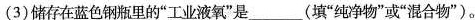
(3)储存在蓝色钢瓶里的”工业液氧”是_____(填”纯净物”或”混合物”)。